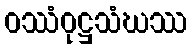
ဝဿံဝုဋ္ဌသံဃဿ